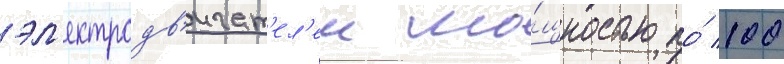
эл'ектродв'игат'ел'еи мо́щностью по́ 100